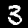
Label: 3